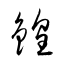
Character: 鍠